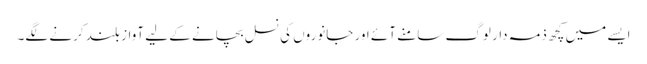
ایسے میں کچھ ذمہ دار لوگ سامنے آئے اور جانوروں کی نسل بچانے کے لیے آواز بلند کرنے لگے۔